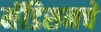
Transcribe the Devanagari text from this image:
मॅडिसनचे